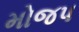
મોજપ